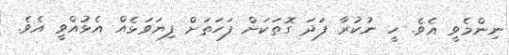
ނިންމެވީ އެވެ. ހީ ނުކުރާ ފަދަ ގޮތަކަށް ފަހަތަށް ފިޔަވަޅެއް އެޅުއްވީ އެވެ.